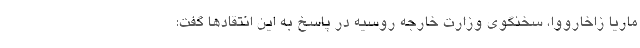
ماریا زاخارووا، سخنگوی وزارت خارجه روسیه در پاسخ به این انتقادها گفت: